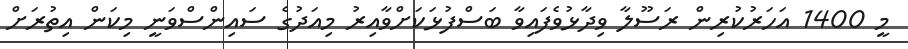
މީ 1400 އަހަރުކުރިން ރަސޫލާ ވިދާޅުވެފައިވާ ބަސްފުޅަކަށްވާއިރު މިއަދުގެ ސައިންސްވަނީ މިކަން އިތުރަށް